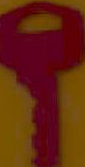
؟